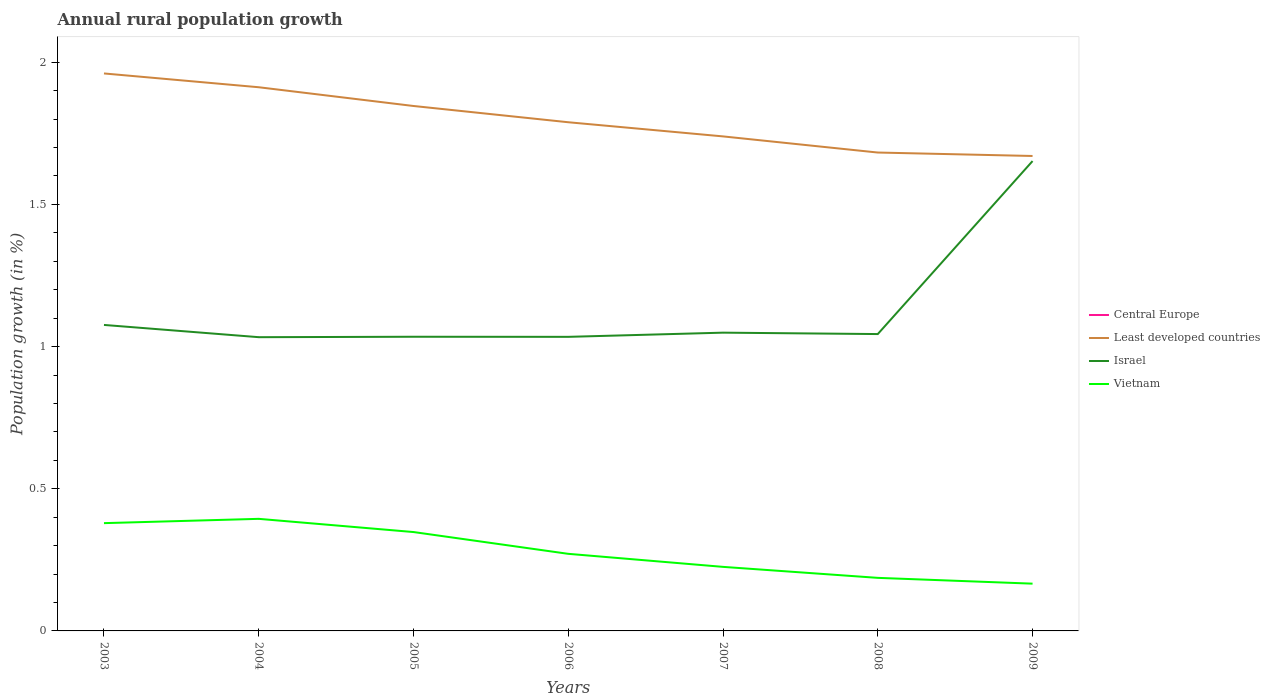
| Years | Central Europe | Least developed countries | Israel | Vietnam |
 | --- | --- | --- | --- | --- |
 | 2003 | -0.408 | 1.96 | 1.08 | 0.379 |
 | 2004 | -0.371 | 1.91 | 1.03 | 0.394 |
 | 2005 | -0.39 | 1.85 | 1.03 | 0.348 |
 | 2006 | -0.388 | 1.79 | 1.03 | 0.271 |
 | 2007 | -0.633 | 1.74 | 1.05 | 0.225 |
 | 2008 | -0.56 | 1.68 | 1.04 | 0.187 |
 | 2009 | -0.337 | 1.67 | 1.65 | 0.166 |